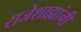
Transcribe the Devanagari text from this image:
राजेशाह्यांनी